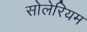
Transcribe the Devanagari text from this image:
सोलेरियम